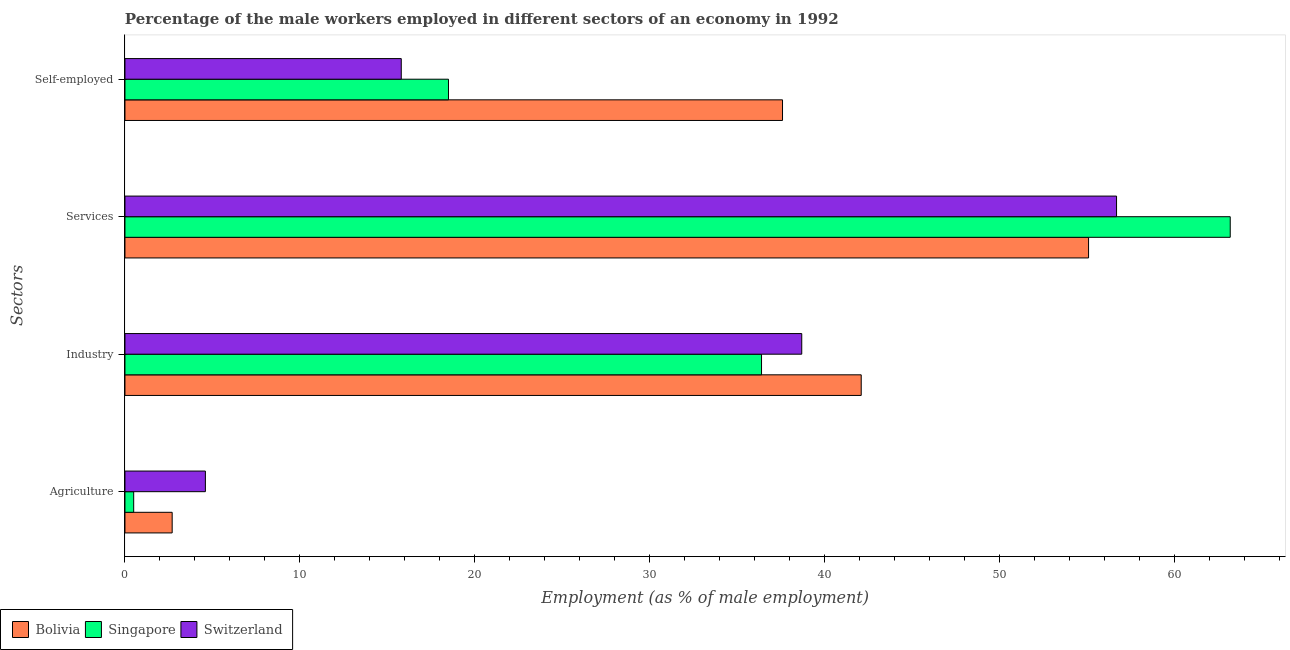
| Sectors | Bolivia | Singapore | Switzerland |
 | --- | --- | --- | --- |
 | Agriculture | 2.7 | 0.5 | 4.6 |
 | Industry | 42.1 | 36.4 | 38.7 |
 | Services | 55.1 | 63.2 | 56.7 |
 | Self-employed | 37.6 | 18.5 | 15.8 |